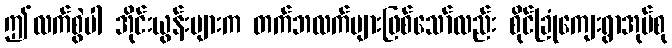
ဤလက်စွဲပါ အိုင်းယွန်းများက တက်ဘလက်များဖြစ်သော်လည်း စိုင်ခြုံကျေးရွာအုပ်စု